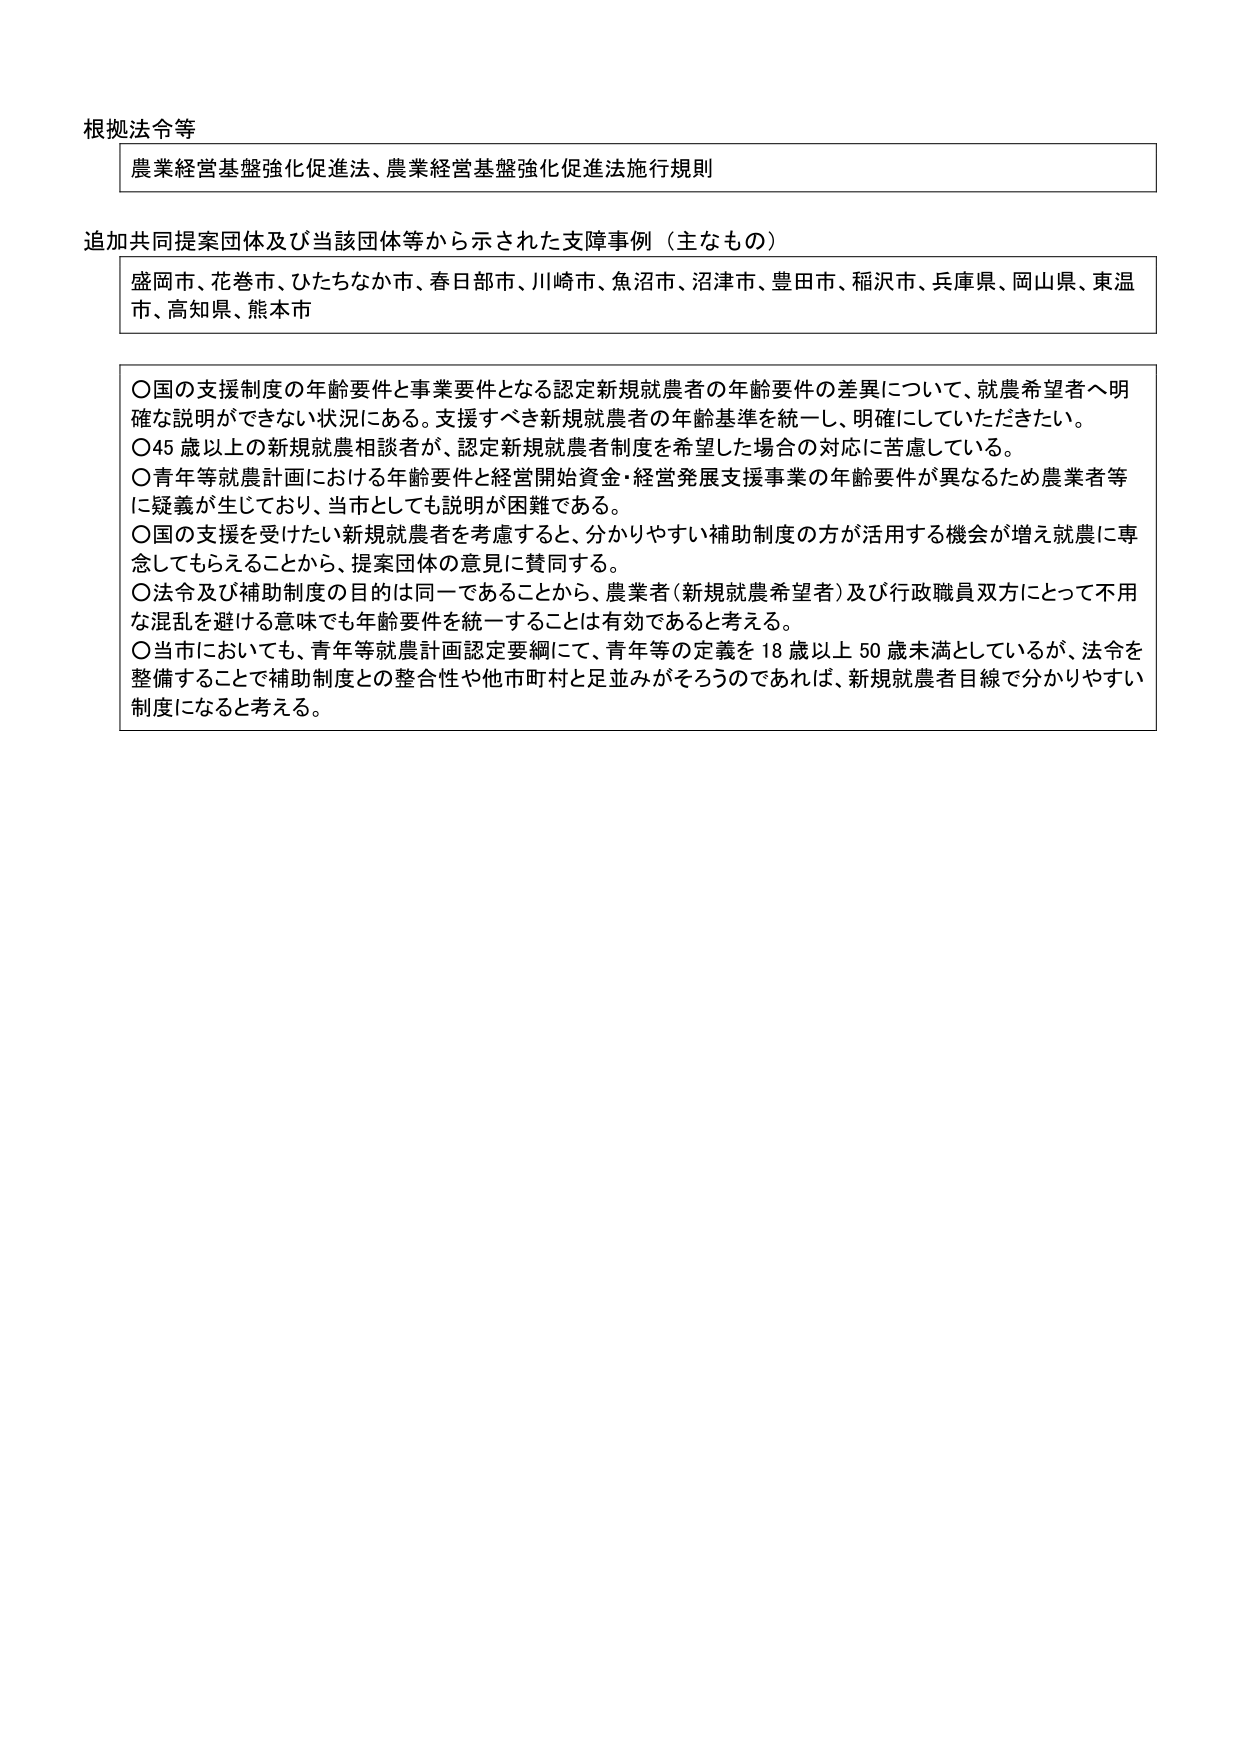
根拠法令等
農業経営基盤強化促進法、農業経営基盤強化促進法施行規則

追加共同提案団体及び当該団体等から示された支援事例（主なもの）
盛岡市、花巻市、ひたちなか市、春日部市、川崎市、魚沼市、沼津市、豊田市、稲沢市、兵庫県、岡山県、東温市、高知県、熊本市

〇国の支援制度の年齢要件と事業要件となる認定新規就農者の年齢要件の差異について、就農希望者へ明確な説明ができない状況にある。支援すべき新規就農者の年齢基準を統一し、明確にしていただきたい。
〇45歳以上の新規就農相談者が、認定新規就農者制度を希望した場合の対応に苦慮している。
〇青年等就農計画における年齢要件と経営開始資金・経営発展支援事業の年齢要件が異なるため農業者等に疑義が生じており、当市としても説明が困難である。
〇国の支援を受けたい新規就農者を考慮すると、分かりやすい補助制度の方が活用する機会が増え就農に専念してもらえることから、提案団体の意見に賛同する。
〇法令及び補助制度の目的は同一であることから、農業者（新規就農希望者）及び行政職員双方にとって不用な混乱を避ける意味でも年齢要件を統一することは有効であると考える。
〇当市においても、青年等就農計画認定要綱にて、青年等の定義を18歳以上50歳未満としているが、法令を整備することで補助制度との整合性や他市町村と足並みがそろうのであれば、新規就農者目線で分かりやすい制度になると考える。